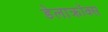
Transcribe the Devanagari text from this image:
डेलाक्रॉक्स